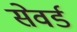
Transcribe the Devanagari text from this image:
सेवर्ड